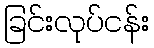
ခြင်းလုပ်ငန်း